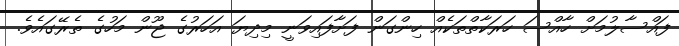
ފައްސާލުމަށް ހާއްސަ ހަރަކާތްތަކެއް ހިންގަން ފަށާފައިވަނީ މިދިޔަ އަހަރުގެ ޖޫން މަހުގެ ތެރޭގައެވެ.